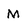
Character: M